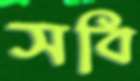
সবি